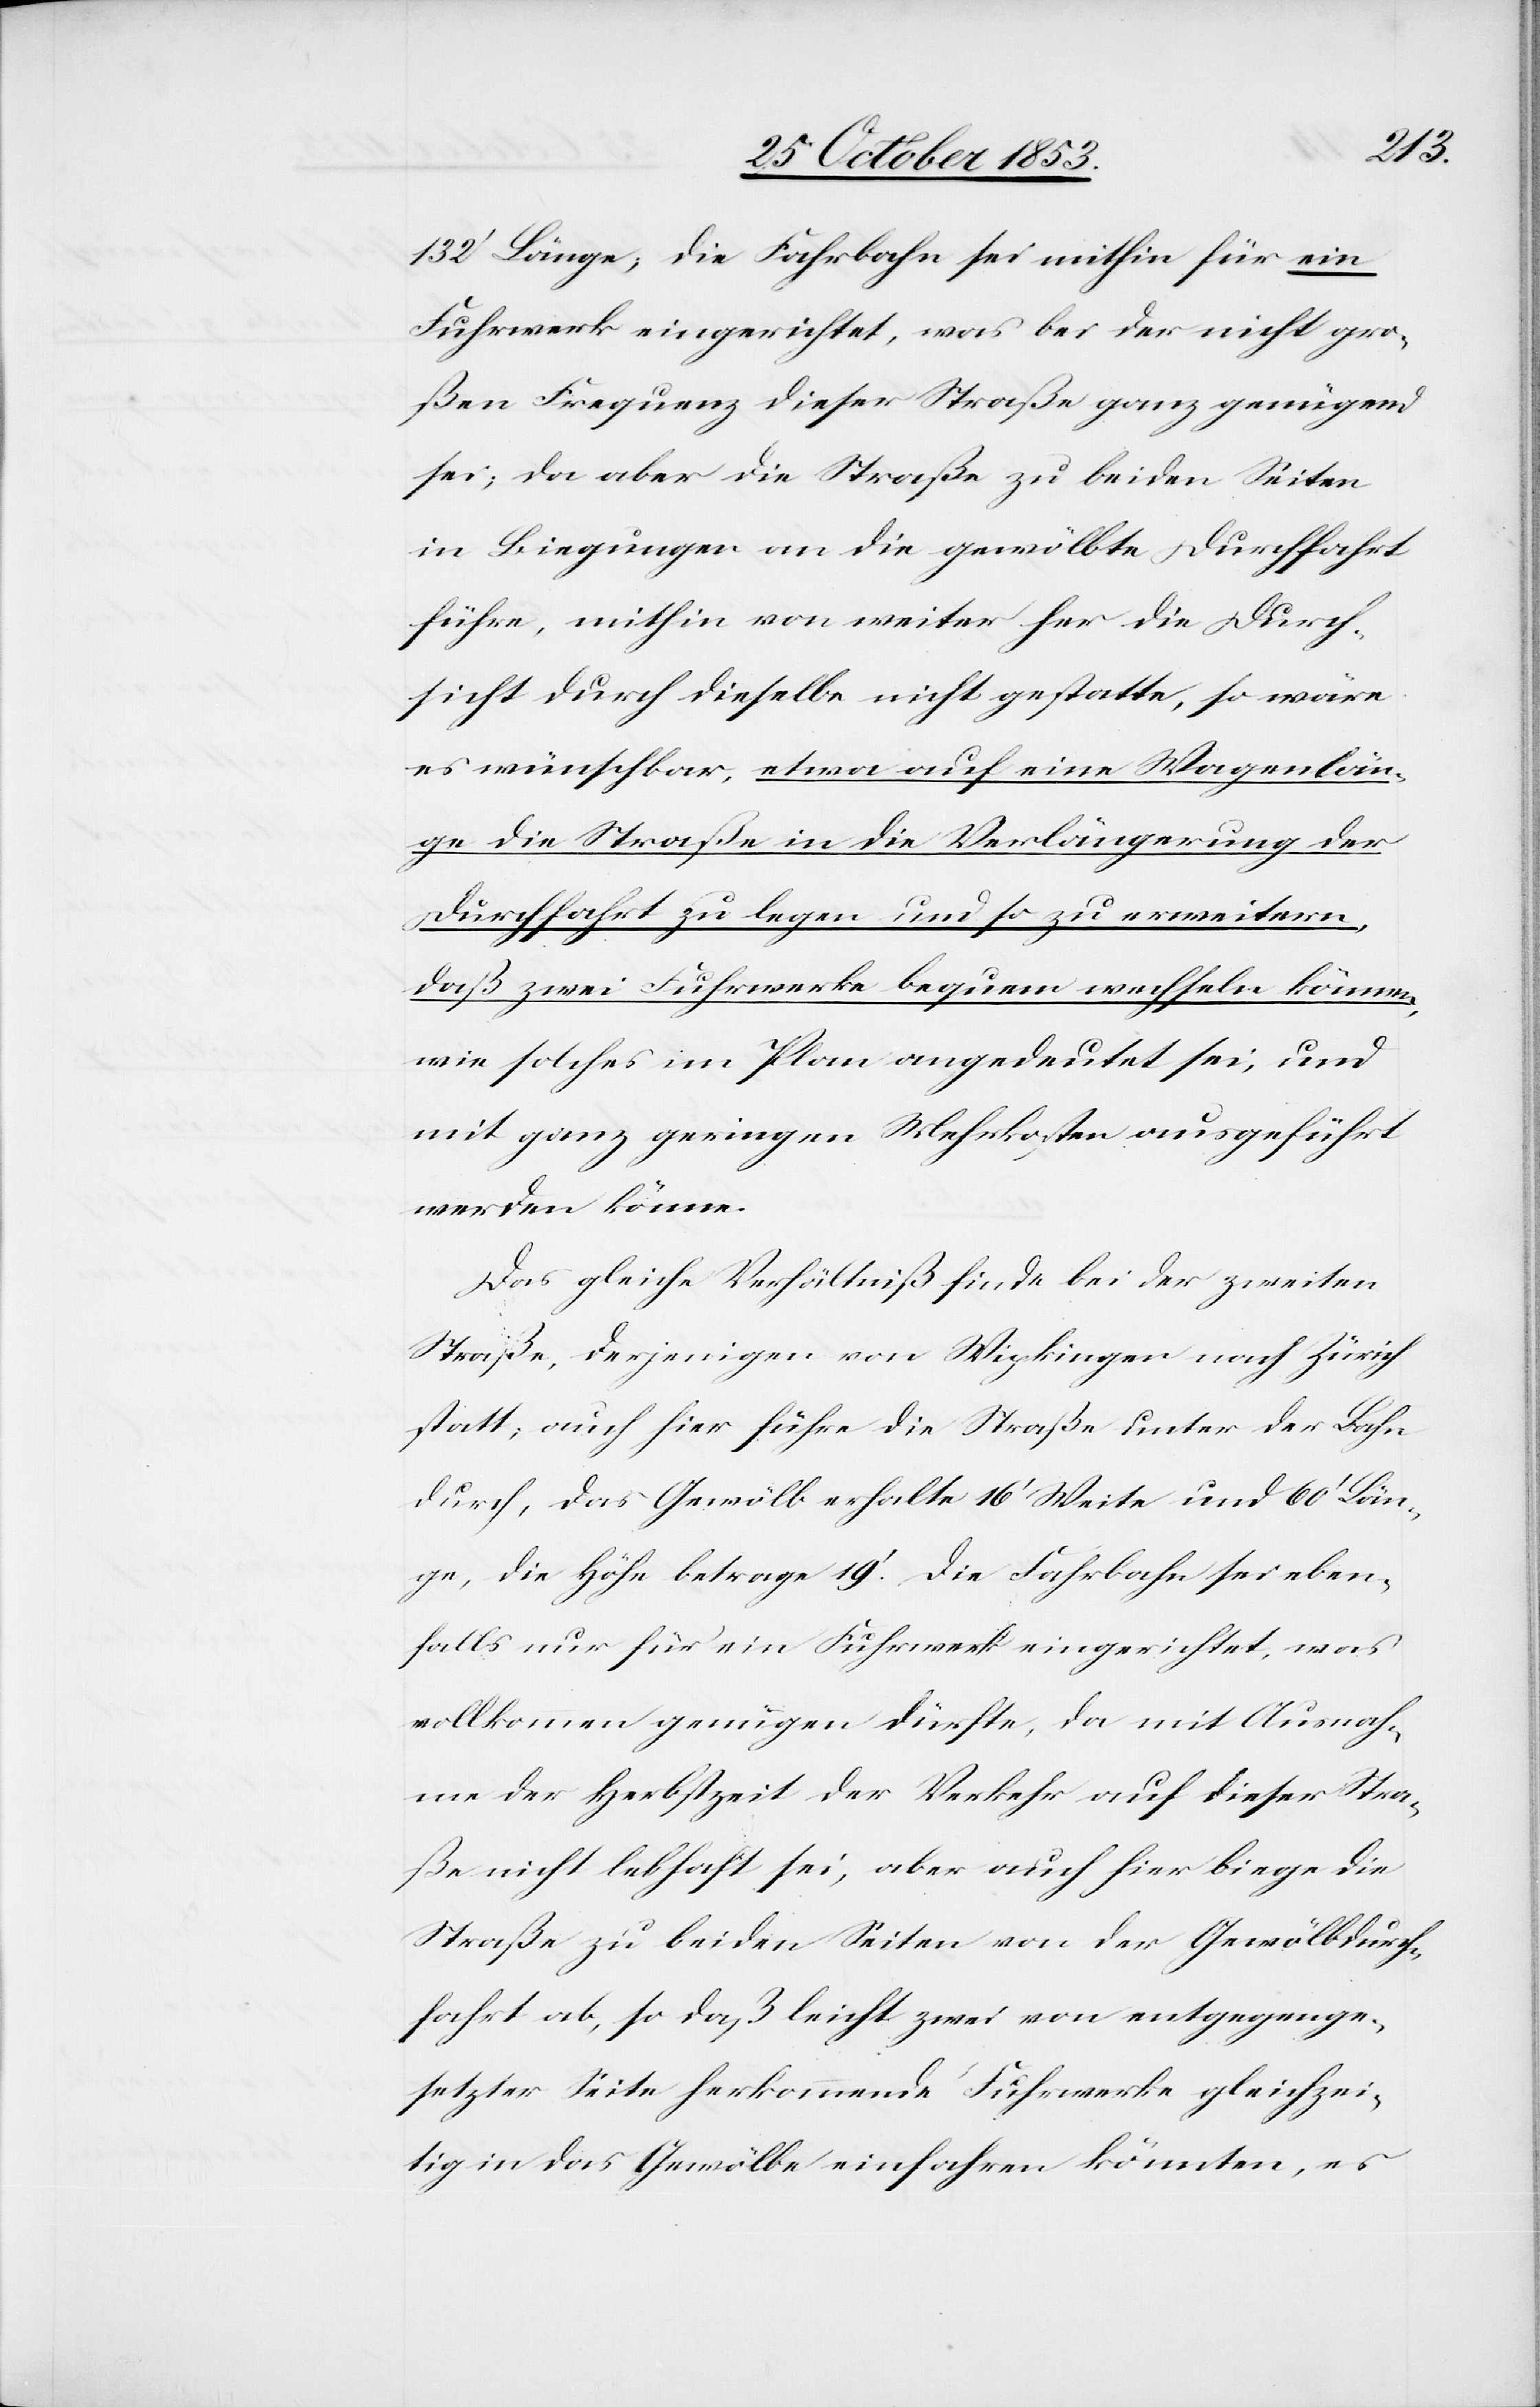
132’ Länge, die Fahrbahn sei mithin für ein
Fuhrwerk eingerichtet, was bei der nicht gro¬
ßen Frequenz dieser Straße ganz genügend
sei; da aber die Straße zu beiden Seiten
in Biegungen an die gewölbte Durchfahrt
führe, mithin von weiter her die Durch¬
sicht durch dieselbe nicht gestatte, so wäre
es wünschbar, etwa auf eine Wagenlän¬
ge die Straße in die Verlängerung der
Durchfahrt zu legen und so zu erweitern,
daß zwei Fuhrwerke bequem wechseln können,
wie solches im Plan angedeutet sei, und
mit ganz geringen Mehrkosten ausgeführt
werden könne.
Das gleiche Verhältniß finde bei der zweiten
Straße, derjenigen von Wipkingen nach Zürich
statt, auch hier führe die Straße unter der Bahn
durch, das Gewölb erhalte 16’ Weite und 60’ Län¬
ge, die Höhe betrage 19’. Die Fahrbahn sei eben¬
falls nur für ein Fuhrwerk eingerichtet, was
vollkommen genügen dürfte, da mit Ausnah¬
me der Herbstzeit der Verkehr auf dieser Stra¬
ße nicht lebhaft sei, aber auch hier biege die
Straße zu beiden Seiten von der Gewölbdurch¬
fahrt ab, so daß leicht zwei von entgegenge¬
setzter Seite herkommende Fuhrwerke gleichzei¬
tig in das Gewölbe einfahren könnten, es